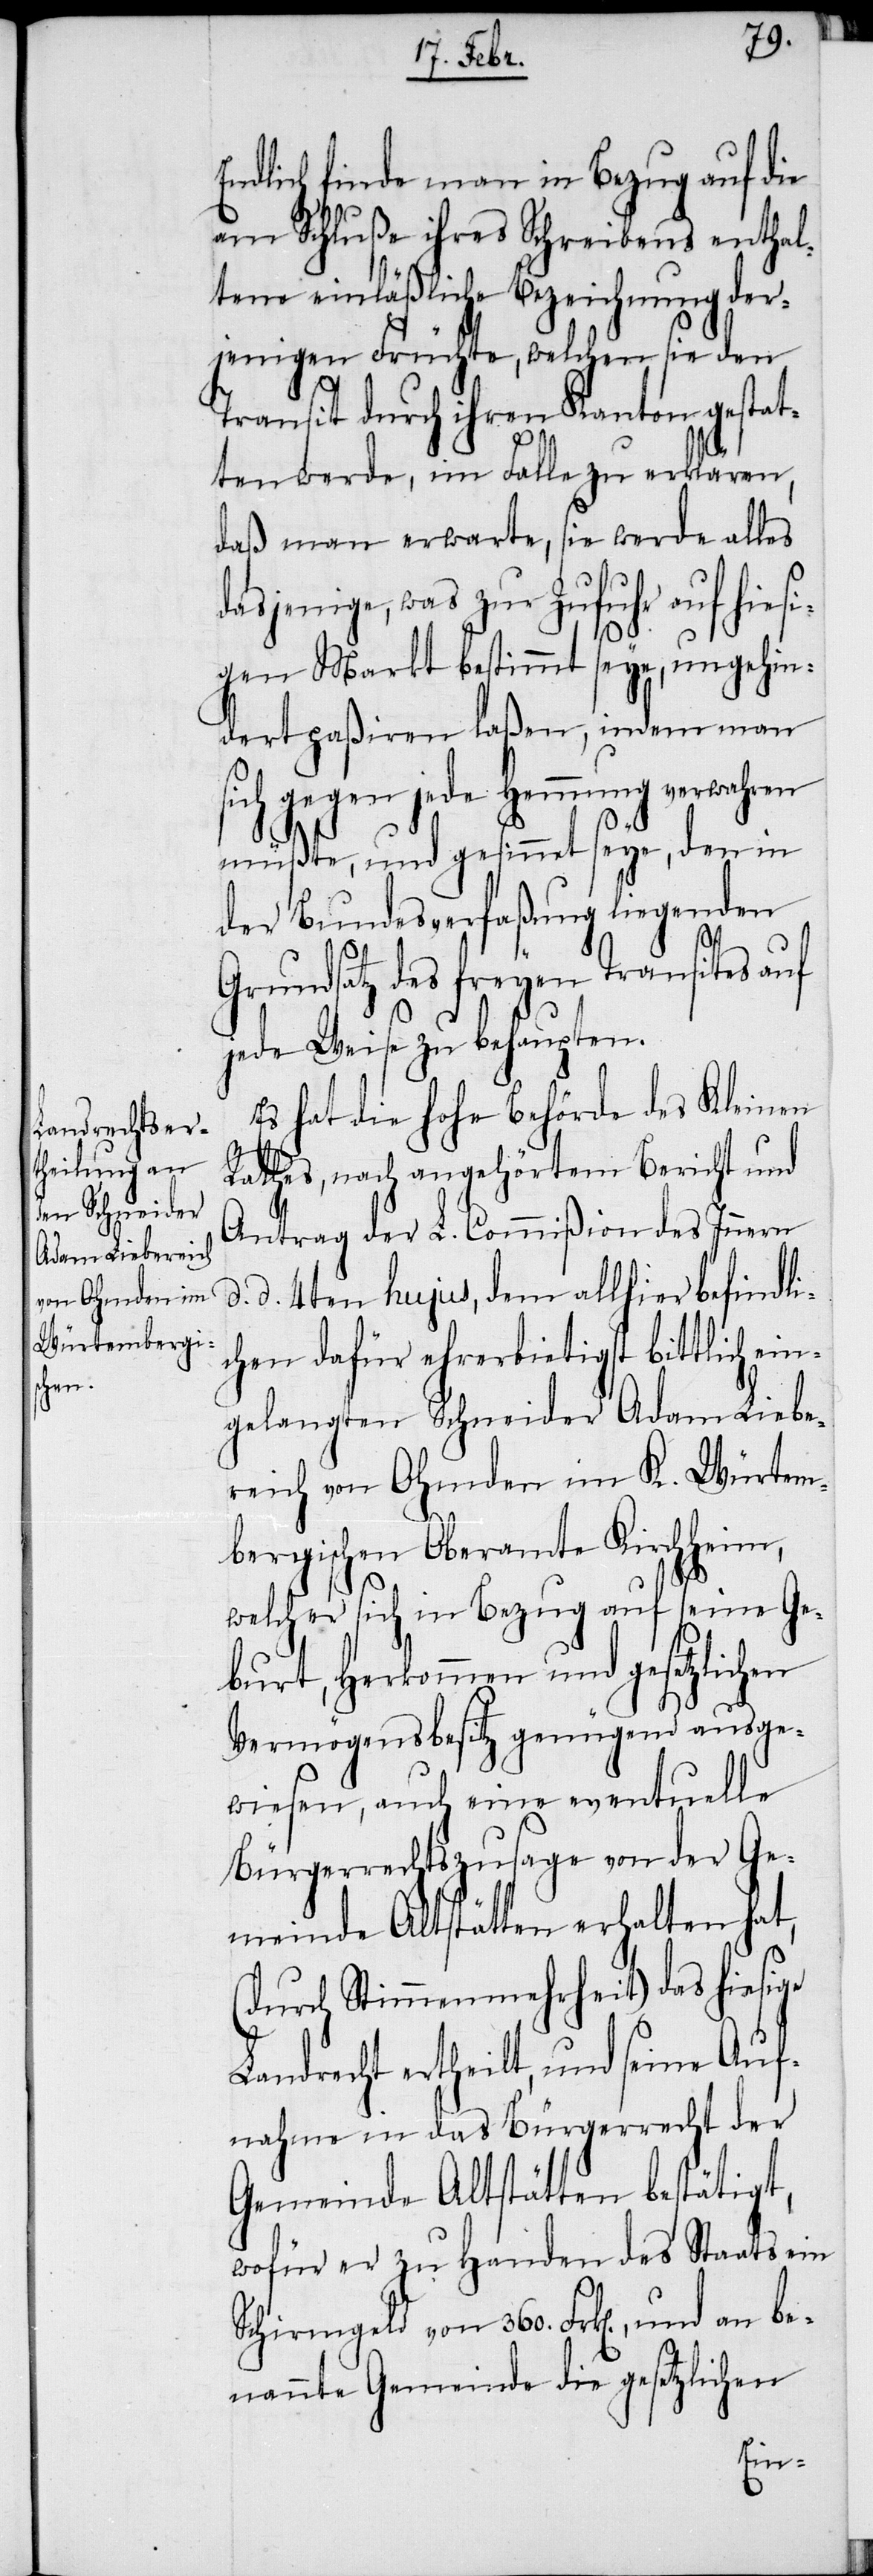
Endlich finde man in Bezug auf die
am Schluße ihres Schreibens enthal¬
tene einläßliche Bezeichnung der¬
jenigen Früchte, welchen sie den
Transit durch ihren Kanton gestat¬
ten werde, im Falle zu erklären,
daß man erwarte, sie werde alles
dasjenige, was zur Zufuhr auf hies¬
igen Markt bestimmt seye, ungehin¬
dert paßiren laßen, indem man
sich gegen jede Hemmung verwahren
müßte, und gesinnet seye, den in
der Bundesverfaßung liegenden
Grundsatz des freyen Transites auf
jede Weise zu behaupten.
Es hat die hohe Behörde des Kleinen
Rathes, nach angehörtem Bericht und
Antrag der L. Commißion des Innern
d. 4ten hujus, dem allhier befindli¬
chen dafür ehrerbietigst bittlich ein¬
gelangten Schneider Adam Liebe¬
reich von Ohmden im K. Würtem¬
bergischen Oberamte Kirchheim,
welcher sich in Bezug auf seine Ge¬
burt, Herkommen und gesetzlichen
Vermögensbesitz genügend ausge¬
wiesen, auch eine eventuelle
Bürgerrechtszusage von der Ge¬
meinde Altstäten erhalten hat,
(durch Stimmenmehrheit) das hiesige
Landrecht ertheilt, und seine Auf¬
nahme in das Bürgerrecht der
Gemeinde Altstätten bestätigt,
wofür er zu Handen des Staats ein
Schirmgeld von 360. Frk[en]., und an be¬
nannte Gemeinde die gesetzlichen